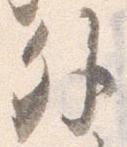
外